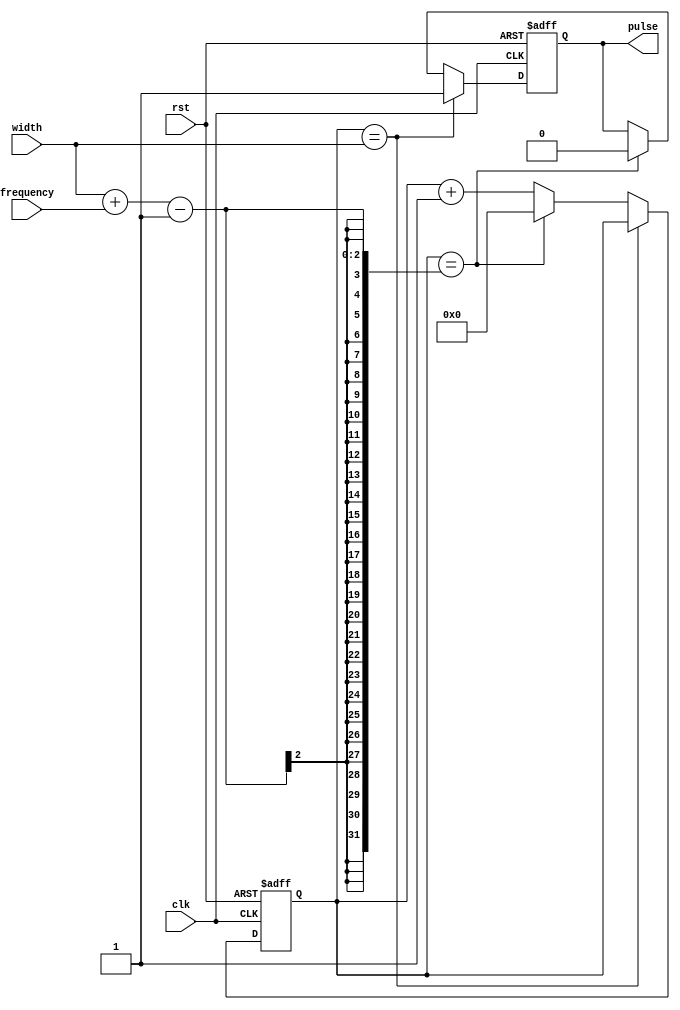
module Pulse_Generator (
    input        clk,        // External clock signal
    input        rst,        // Reset signal
    input        width,      // Pulse width parameter
    input        frequency,  // Pulse frequency parameter
    output reg   pulse       // Output pulse signal
);

reg [31:0] count;

always @(posedge clk or posedge rst) begin
    if (rst) begin
        count <= 32'b0;
        pulse <= 1'b0;
    end else begin
        if (count == width) begin
            pulse <= 1'b1;
        end else if (count == (width + frequency - 1)) begin
            pulse <= 1'b0;
            count <= 32'b0;
        end else begin
            pulse <= pulse;
            count <= count + 1;
        end
    end
end

endmodule